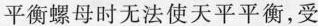
平衡螺母时无法使天平平衡，受